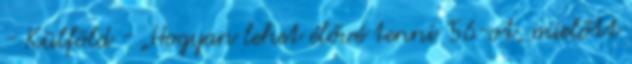
- Külföld - „Hogyan lehet élővé tenni '56-ot, mielőtt